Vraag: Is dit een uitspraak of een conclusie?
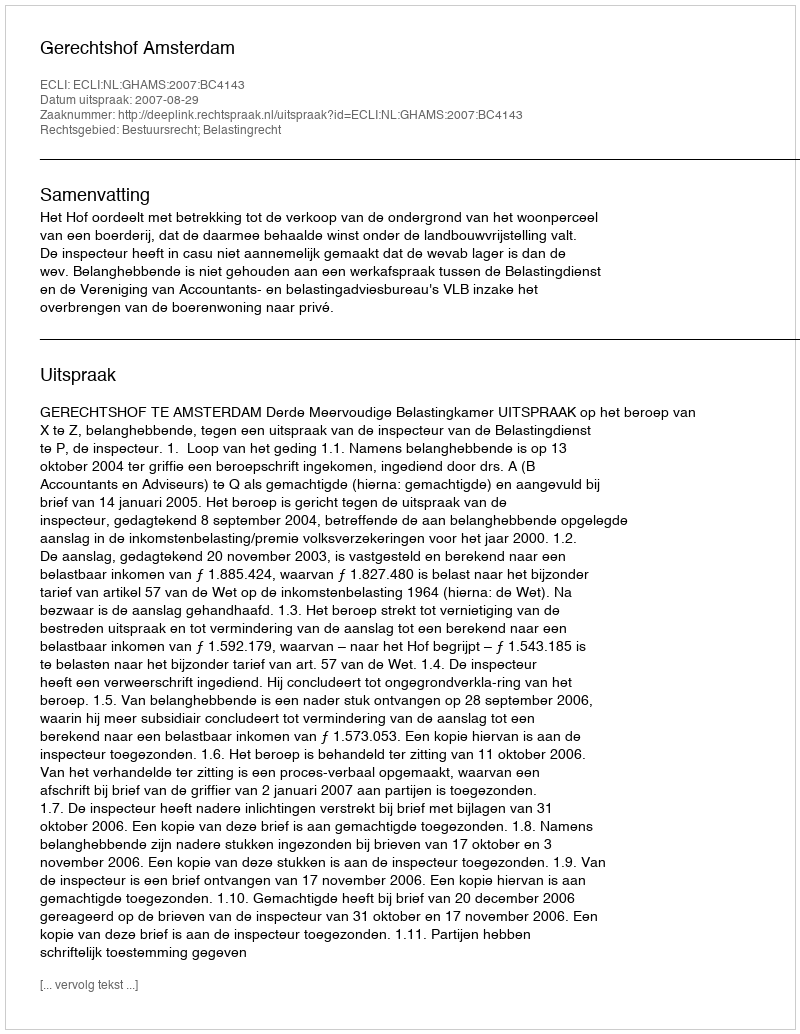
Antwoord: Uitspraak